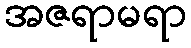
အဇရာမရာ